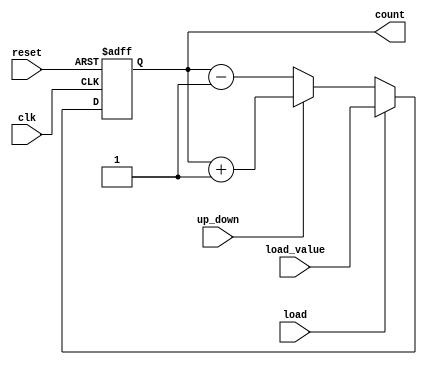
module async_counter #(parameter WIDTH = 4) (
    input wire clk,            // Clock signal
    input wire reset,          // Asynchronous reset
    input wire load,           // Load signal
    input wire up_down,        // Count direction: 1 for up, 0 for down
    input wire [WIDTH-1:0] load_value, // Value to load
    output reg [WIDTH-1:0] count // Current count value
);

// Asynchronous reset
always @(posedge clk or posedge reset) begin
    if (reset)
        count <= 0; // Set count to 0 on reset
    else if (load)
        count <= load_value; // Load the specified value
    else if (up_down)
        count <= count + 1; // Increment for up counting
    else
        count <= count - 1; // Decrement for down counting
end

endmodule